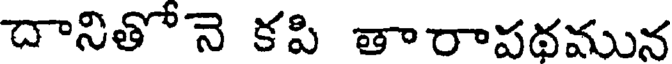
దానితోనె కపి తారాపథమున